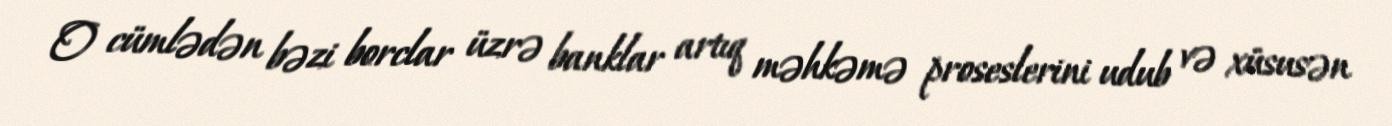
O cümlədən bəzi borclar üzrə banklar artıq məhkəmə proseslerini udub və xüsusən